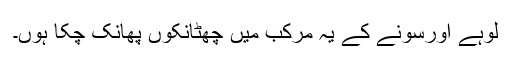
لوہے اورسونے کے یہ مرکب میں چھٹانکوں پھانک چکا ہُوں۔